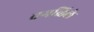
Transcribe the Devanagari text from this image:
वगळिले